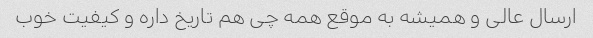
ارسال عالی و همیشه به موقع همه چی هم تاریخ داره و کیفیت خوب